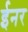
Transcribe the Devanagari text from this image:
ईनर